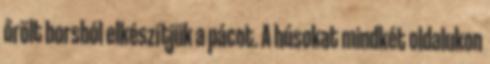
őrölt borsból elkészítjük a pácot. A húsokat mindkét oldalukon